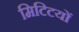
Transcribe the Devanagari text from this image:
मिटिटयों